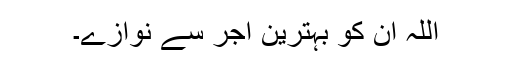
اللہ ان کو بہترین اجر سے نوازے۔